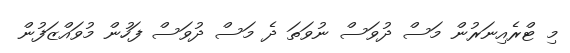
މި ޓްރެއިނަރުން މަސް ދުވަސް ނުވަތަ ދެ މަސް ދުވަސް ފަހުން މުވައްޒަފުން